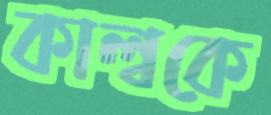
কাল্বকে